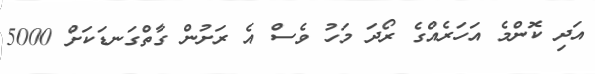
އަދި ކޮންމެ އަހަރެއްގެ ރޯދަ މަހު ވެސް އެ ރަށުން ގާތްގަނޑަކަށް 5000